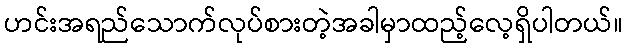
ဟင်းအရည်သောက်လုပ်စားတဲ့အခါမှာထည့်လေ့ရှိပါတယ်။